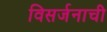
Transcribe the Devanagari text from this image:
विसर्जनाची